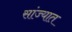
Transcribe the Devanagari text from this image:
सांज्यात